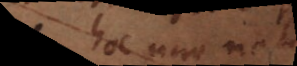
hoc uno not